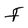
Character: F